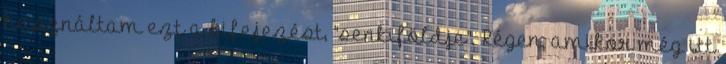
használtam ezt a kifejezést, "senkiföldje". Régen, amikor még itt